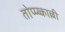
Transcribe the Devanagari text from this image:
तोप्प्य्काल्ली